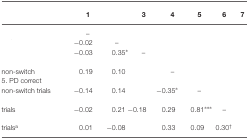
<table><thead><tr><td>[EMPTY_CELL]</td><td><b>1</b></td><td>[EMPTY_CELL]</td><td><b>3</b></td><td><b>4</b></td><td><b>5</b></td><td><b>6</b></td><td><b>7</b></td></tr></thead><tbody><tr><td>[EMPTY_CELL]</td><td>–</td></tr><tr><td>[EMPTY_CELL]</td><td>−0.02</td><td>–</td></tr><tr><td>[EMPTY_CELL]</td><td>−0.03</td><td>0.35*</td><td>–</td></tr><tr><td>[EMPTY_CELL]</td></tr><tr><td>non-switch</td><td>0.19</td><td>0.10</td><td>[EMPTY_CELL]</td><td>–</td></tr><tr><td>5. PD correct</td></tr><tr><td>non-switch trials</td><td>−0.14</td><td>0.14</td><td>[EMPTY_CELL]</td><td>−0.35*</td><td>–</td></tr><tr><td>[EMPTY_CELL]</td></tr><tr><td>trials</td><td>−0.02</td><td>0.21</td><td>−0.18</td><td>0.29</td><td>0.81***</td><td>–</td></tr><tr><td>[EMPTY_CELL]</td></tr><tr><td>trials<sup>a</sup></td><td>0.01</td><td>−0.08</td><td>[EMPTY_CELL]</td><td>0.33</td><td>0.09</td><td>0.30<sup>†</sup></td><td>[EMPTY_CELL]</td></tr></tbody></table>